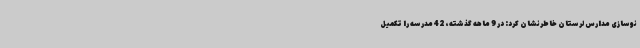
نوسازی مدارس لرستان خاطرنشان کرد: در 9 ماهه گذشته، 42 مدرسه را تکمیل